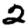
Digit: 2